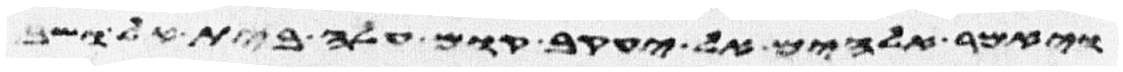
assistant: ויאמר אלהים אל יעקב קום עלה בית אל ושב